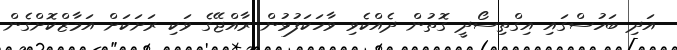
އަދި ބަހުސްގައި އިގްތިސޯދީ ގޮތުން ދެއްކެވި ވާހަކަފުޅުން ރާއްޖޭގެ ވަކި ރަށަކަށް އަމާޒްކޮށްގެން